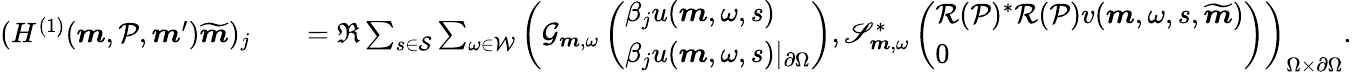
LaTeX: \begin{array}{rl}{(H^{(1)}(\boldsymbol{m},\mathcal{P},\boldsymbol{m}^{\prime})\widetilde{\boldsymbol{m}})_{j}}&{\quad=\Re\sum_{s\in\mathcal{S}}\sum_{\omega\in\mathcal{W}}\left(\mathcal{G}_{\boldsymbol{m},\omega}\left(\begin{array}{l}{\beta_{j}u(\boldsymbol{m},\omega,s)}\\ {\beta_{j}u(\boldsymbol{m},\omega,s)\vert_{\partial\Omega}}\end{array}\right),\mathscr{S}_{\boldsymbol{m},\omega}^{*}\left(\begin{array}{l}{{\mathcal R}(\mathcal{P})^{*}{\mathcal R}(\mathcal{P})v(\boldsymbol{m},\omega,s,\widetilde{\boldsymbol{m}})}\\ {0}\end{array}\right)\right)_{\Omega\times\partial\Omega}.}\end{array}